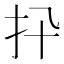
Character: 𢩲